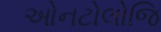
ઓનટોલોજિ